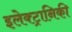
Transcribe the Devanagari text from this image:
इलेक्‍ट्रानिकी